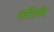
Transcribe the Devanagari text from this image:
नतिलंब